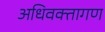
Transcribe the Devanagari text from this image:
अधिवक्तागण